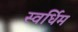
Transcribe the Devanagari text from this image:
स्वर्धिम